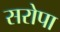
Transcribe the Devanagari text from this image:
सरोपा